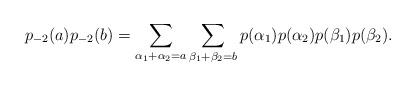
LaTeX: \begin{align*}p_{-2}(a)p_{-2}(b) =\sum_{\alpha_{1}+\alpha_{2}=a}\sum_{\beta_{1}+\beta_{2}=b}p(\alpha_{1})p(\alpha_{2})p(\beta_{1})p(\beta_{2}).\end{align*}